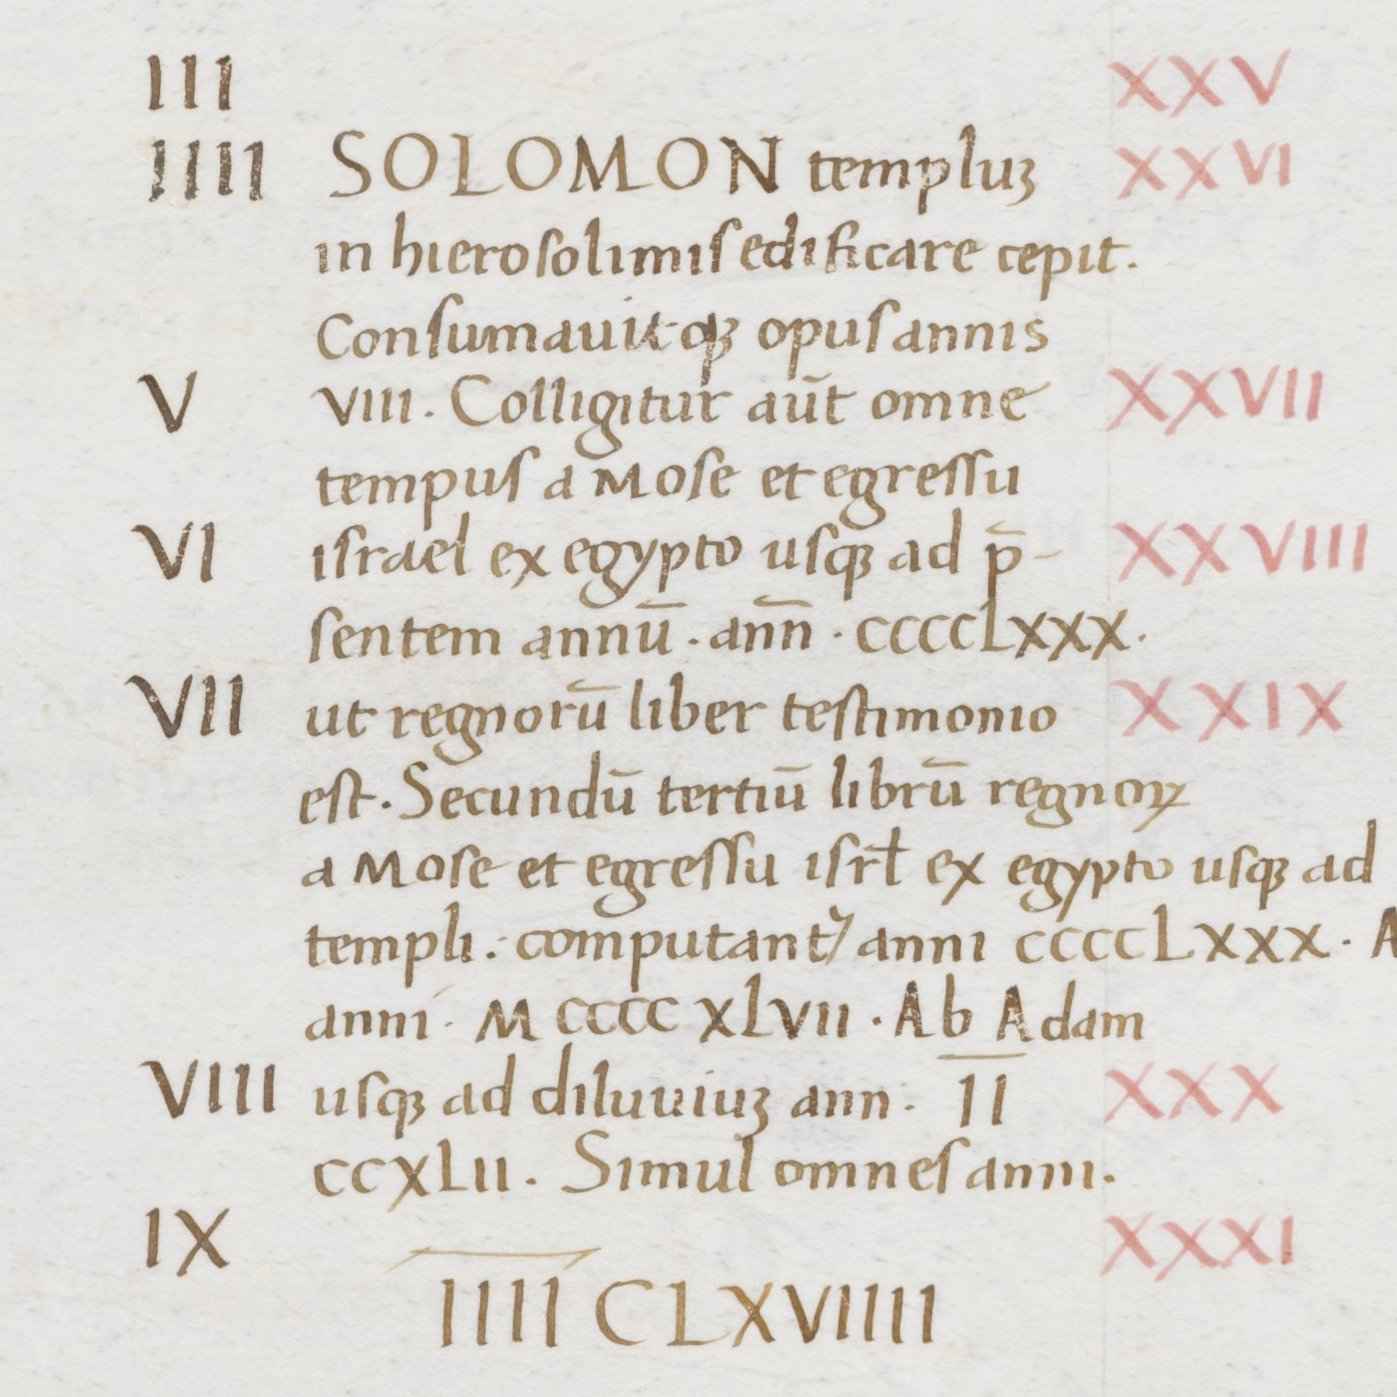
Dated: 1465–1495